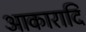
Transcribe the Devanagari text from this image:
आकारादि